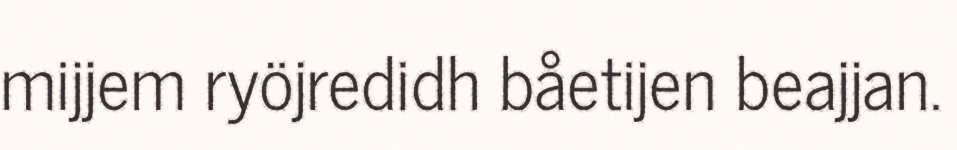
mijjem ryöjredidh båetijen beajjan.